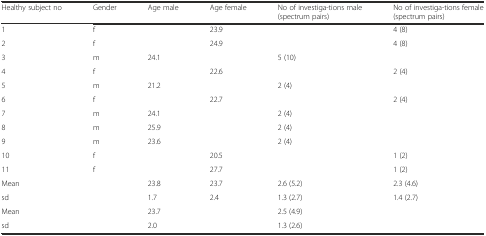
| Healthy subject no | Gender | Age male | Age female | No of investiga-tions male (spectrum pairs) | No of investiga-tions female (spectrum pairs) |
 | --- | --- | --- | --- | --- | --- |
 | 1 | f |  | 23.9 |  | 4 (8) |
 | 2 | f |  | 24.9 |  | 4 (8) |
 | 3 | m | 24.1 |  | 5 (10) |  |
 | 4 | f |  | 22.6 |  | 2 (4) |
 | 5 | m | 21.2 |  | 2 (4) |  |
 | 6 | f |  | 22.7 |  | 2 (4) |
 | 7 | m | 24.1 |  | 2 (4) |  |
 | 8 | m | 25.9 |  | 2 (4) |  |
 | 9 | m | 23.6 |  | 2 (4) |  |
 | 10 | f |  | 20.5 |  | 1 (2) |
 | 11 | f |  | 27.7 |  | 1 (2) |
 | Mean |  | 23.8 | 23.7 | 2.6 (5.2) | 2.3 (4.6) |
 | sd |  | 1.7 | 2.4 | 1.3 (2.7) | 1.4 (2.7) |
 | Mean |  | <COLSPAN=2> 23.7 | <COLSPAN=2> 2.5 (4.9) |
 | sd |  | <COLSPAN=2> 2.0 | <COLSPAN=2> 1.3 (2.6) |